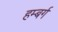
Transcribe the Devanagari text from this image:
हम्बर्ग